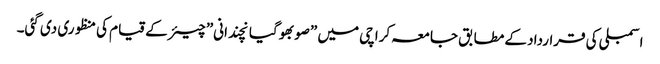
اسمبلی کی قرارداد کے مطابق جامعہ کراچی میں ”صوبھوگیانچندانی” چیئر کے قیام کی منظوری دی گئی۔